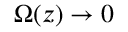
\Omega ( z ) \to 0